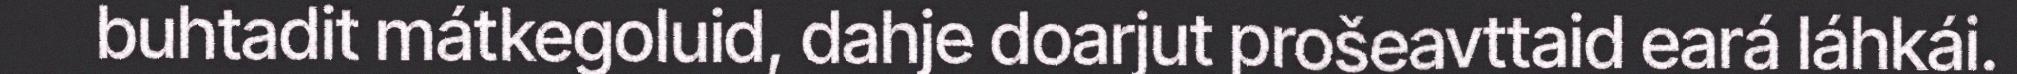
buhtadit mátkegoluid, dahje doarjut prošeavttaid eará láhkái.